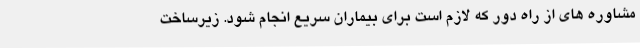
مشاوره های از راه دور که لازم است برای بیماران سریع انجام شود. زیرساخت